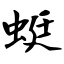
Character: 蜓